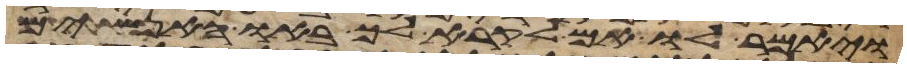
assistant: ויאמר לו אם לקרא לך באו האנשים